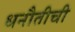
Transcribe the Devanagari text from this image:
धनौतीची